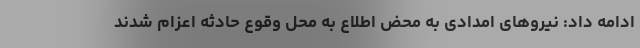
ادامه داد: نیروهای امدادی به محض اطلاع به محل وقوع حادثه اعزام شدند